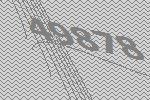
49878